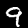
Label: 9